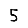
Digit: 5